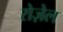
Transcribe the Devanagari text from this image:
रोज़ेल